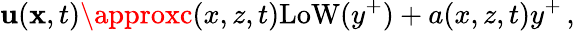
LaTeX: \mathbf{u}({\mathbf{x}},t)\approxc(x,z,t)\mathrm{{LoW}}(y^{+})+a(x,z,t)y^{+}\, ,